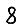
Digit: 8